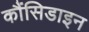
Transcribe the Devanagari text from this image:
कौंसिडाइन